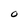
Character: O